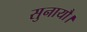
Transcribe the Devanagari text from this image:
सुनायौ।